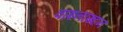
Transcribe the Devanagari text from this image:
वाइनाख्टन